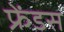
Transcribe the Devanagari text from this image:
फ्रेंडस